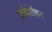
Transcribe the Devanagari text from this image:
काॅपोर्रेशन